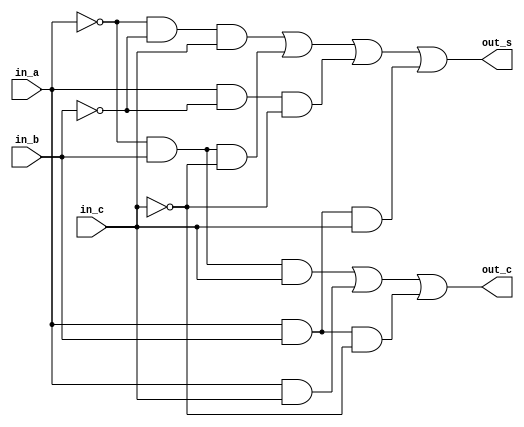
module full_adder(
  input in_a,
  input in_b,
  input in_c,
  output out_s,
  output out_c
);
  assign out_s = (!in_a & !in_b & in_c) | (!in_a & in_b & !in_c) | (in_a & !in_b & !in_c) | (in_a & in_b & in_c);
  
  assign out_c = (!in_a & in_b & in_c) | (in_a & in_c) | (in_a & in_b & !in_c);
  
endmodule